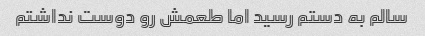
سالم به دستم رسید اما طعمش رو دوست نداشتم